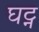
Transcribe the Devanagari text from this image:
घट्न